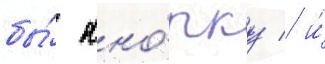
бы́ кно́пку / и́